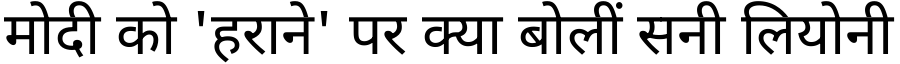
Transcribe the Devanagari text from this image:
मोदी को 'हराने' पर क्या बोलीं सनी लियोनी